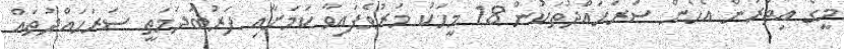
މީގެ އިތުރުން އެހެން ސަރަހައްދުތަކުން 18 މީހަކު މަރުވެފައިވާ ކަމަށާއި ފަރުބަދަމަތީ ސަރަހައްދުތައް